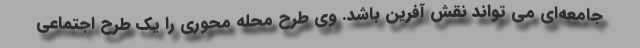
جامعه‌ای می تواند نقش آفرین باشد. وی طرح محله محوری را یک طرح اجتماعی